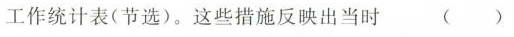
工作统计表(节选)。这些措施反映出当时( )